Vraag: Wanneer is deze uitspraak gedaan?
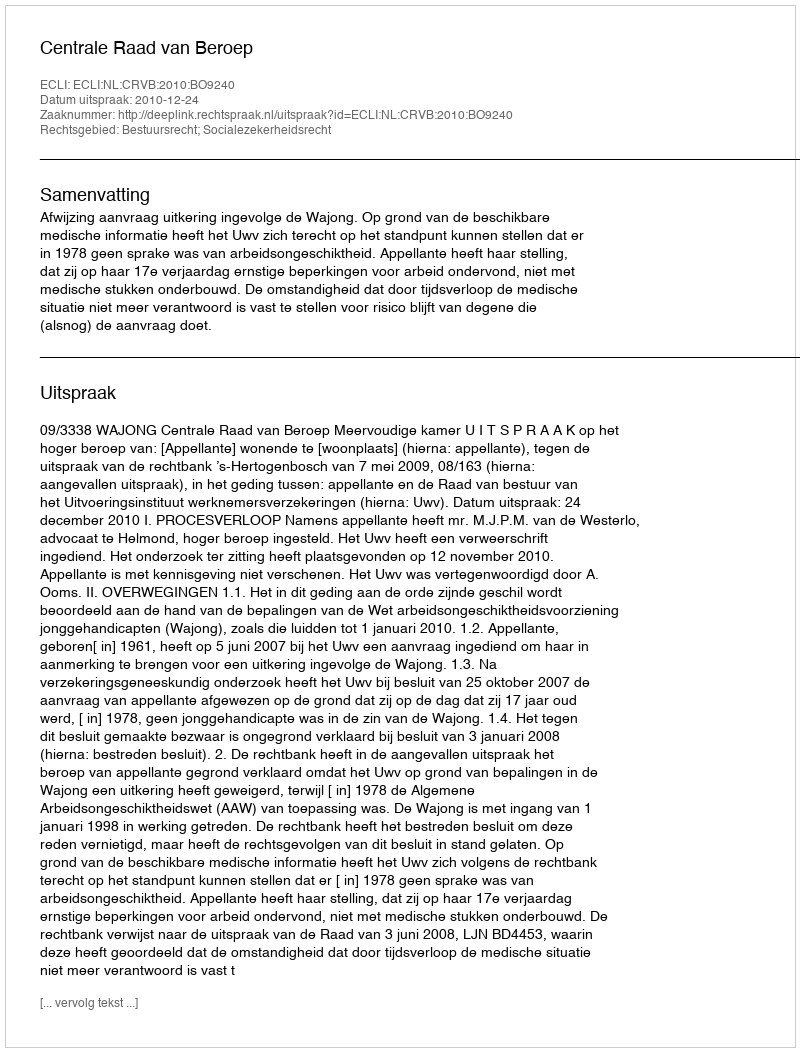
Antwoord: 2010-12-24